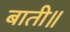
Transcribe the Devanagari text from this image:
बाती॥